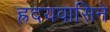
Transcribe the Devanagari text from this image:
ह्रदयवासिने